system: You are a helpful assistant.
user:
Analyze the provided spectrum to determine if it is a **S-type Star**.

- **Key Indicators for S-type Star:**

    - **(Overall Spectrum Shape):** The first and most obvious characteristic is the overall continuum (the "baseline" shape). It is **extremely "red-sloping,"** meaning the flux (light intensity) is very low on the left side (blue, ~4000-4500 Å) and rises steeply and continuously toward the right side (red, ~7000 Å+).

    - **(Primary):** The spectrum is defined by the presence of strong, broad molecular absorption "valleys" (bands) from **Zirconium Oxide (ZrO)**. The identification of these bands is the **primary requirement** for classifying a star as S-type.
        - **(Key Bandheads):** You must find distinct, deep "dips" where the light has been absorbed. The most critical band systems to locate are:
            - **~6474 Å** ($\gamma$-system): This is often the strongest and clearest ZrO feature, found in the red part of the spectrum.
            - **~5718 Å** & **~5551 Å** ($\beta$-system): A pair of prominent absorption features in the yellow-orange part of the spectrum.
            - **~4640 Å** ($\alpha$-system): A key absorption band system in the blue-green region of the spectrum.

    - **(Secondary Confirmation):** The classification is strengthened by finding additional absorption bands from other related heavy element oxides, which are expected to be present alongside ZrO.
        - **(Key Bandheads):**
            - **Yttrium Oxide (YO):** Look for absorption dips near **~4800 Å** and **~6100 Å**.
            - **Lanthanum Oxide (LaO):** Additional absorption features, particularly in the red-orange part of the spectrum, are also characteristic.

    - **(Line Profile):** The combination of the steep red continuum and these numerous, deep molecular bands (ZrO, YO, etc.) gives the entire spectrum a very **"chopped-up"** or **"bumpy"** appearance. Instead of a smooth curve, the spectrum looks as though large, wide chunks of light have been "carved out" of it at the specific wavelengths listed above.

Think first, call **spectral_visualization_tool** if needed to examine features in detail, then provide your final answer. Your response must adhere to the following strict rules:
1.  **Overall Structure:** Your response must follow the format `<think>...</think> <tool_call>...</tool_call> (if a tool is used) <answer>...</answer>`.
2.  **Tool Usage Constraint:** You may only make **one** tool call per turn.
3.  **Final Answer Format:** In the `<answer>` tag, your conclusion must be inside a `\boxed{}` command (e.g., `\boxed{YES}` or `\boxed{NO}`), followed by your justification.

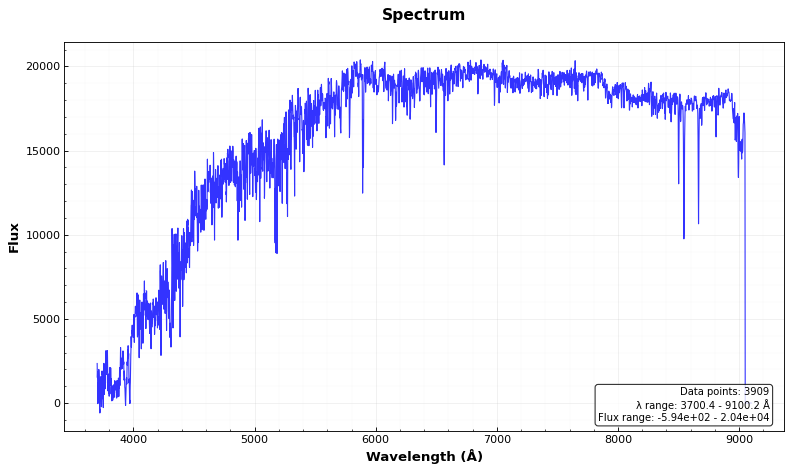
Answer: NO